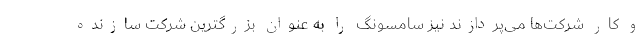
و کار شرکت‌ها می‌پردازند نیز سامسونگ را به عنوان بزرگترین شرکت سازنده